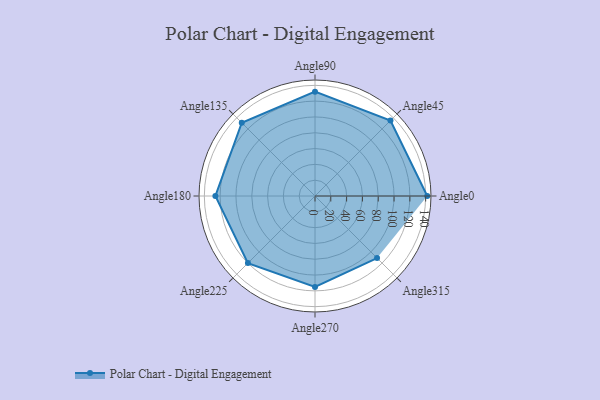
{"axis": {"x": "Angle", "y": "Radius"}, "legend": [""], "data": [{"x": "Angle0", "y": 142.0, "type": ""}, {"x": "Angle45", "y": 135.0, "type": ""}, {"x": "Angle90", "y": 132.0, "type": ""}, {"x": "Angle135", "y": 131.0, "type": ""}, {"x": "Angle180", "y": 126.0, "type": ""}, {"x": "Angle225", "y": 120.0, "type": ""}, {"x": "Angle270", "y": 115.0, "type": ""}, {"x": "Angle315", "y": 111.0, "type": ""}]}